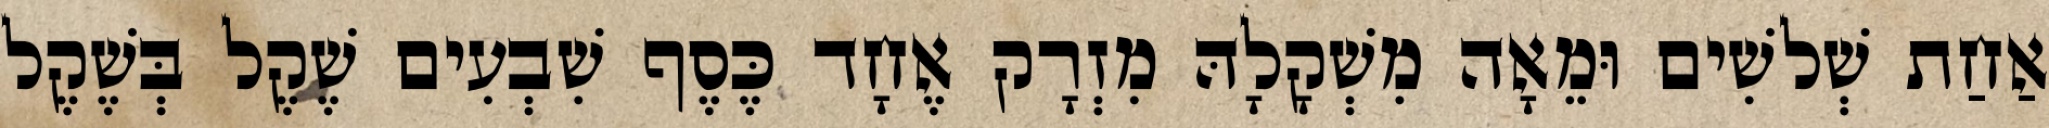
אַחַת שְׁלשִׁים וּמֵאָה מִשְׁקָלָהּ מִזְרָק אֶחָד כֶּסֶף שִׁבְעִים שֶׁקֶל בְּשֶׁקֶל